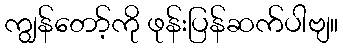
ကျွန်တော့်ကို ဖုန်းပြန်ဆက်ပါဗျ။